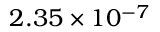
2 . 3 5 \times 1 0 ^ { - 7 }